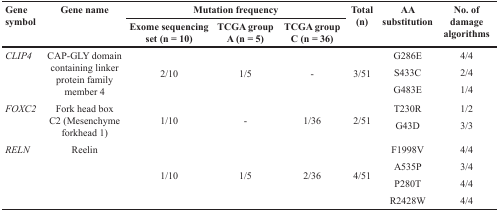
<table><thead><tr><td rowspan="2"><b>Gene symbol</b></td><td rowspan="2"><b>Gene name</b></td><td colspan="3"><b>Mutation frequency</b></td><td rowspan="2"><b>Total (n)</b></td><td rowspan="2"><b>AA substitution</b></td><td rowspan="2"><b>No. of damage algorithms</b></td></tr><tr><td><b>Exome sequencing set (n = 10)</b></td><td><b>TCGA group A (n = 5)</b></td><td><b>TCGA group C (n = 36)</b></td></tr></thead><tbody><tr><td rowspan="3"><i>CLIP4</i></td><td rowspan="3">CAP-GLY domain containing linker protein family member 4</td><td rowspan="3">2/10</td><td rowspan="3">1/5</td><td rowspan="3">-</td><td rowspan="3">3/51</td><td>G286E</td><td>4/4</td></tr><tr><td>S433C</td><td>2/4</td></tr><tr><td>G483E</td><td>1/4</td></tr><tr><td rowspan="2"><i>FOXC2</i></td><td rowspan="2">Fork head box C2 (Mesenchyme forkhead 1)</td><td rowspan="2">1/10</td><td rowspan="2">-</td><td rowspan="2">1/36</td><td rowspan="2">2/51</td><td>T230R</td><td>1/2</td></tr><tr><td>G43D</td><td>3/3</td></tr><tr><td rowspan="4"><i>RELN</i></td><td rowspan="4">Reelin</td><td rowspan="4">1/10</td><td rowspan="4">1/5</td><td rowspan="4">2/36</td><td rowspan="4">4/51</td><td>F1998V</td><td>4/4</td></tr><tr><td>A535P</td><td>3/4</td></tr><tr><td>P280T</td><td>4/4</td></tr><tr><td>R2428W</td><td>4/4</td></tr></tbody></table>